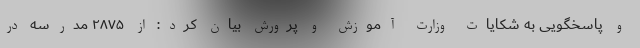
و پاسخگویی به شکایات وزارت آموزش و پرورش بیان کرد: از ۲۸۷۵ مدرسه در